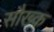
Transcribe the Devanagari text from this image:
सौख्क